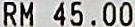
RM 45.00